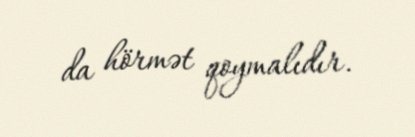
da hörmət qoymalıdır.